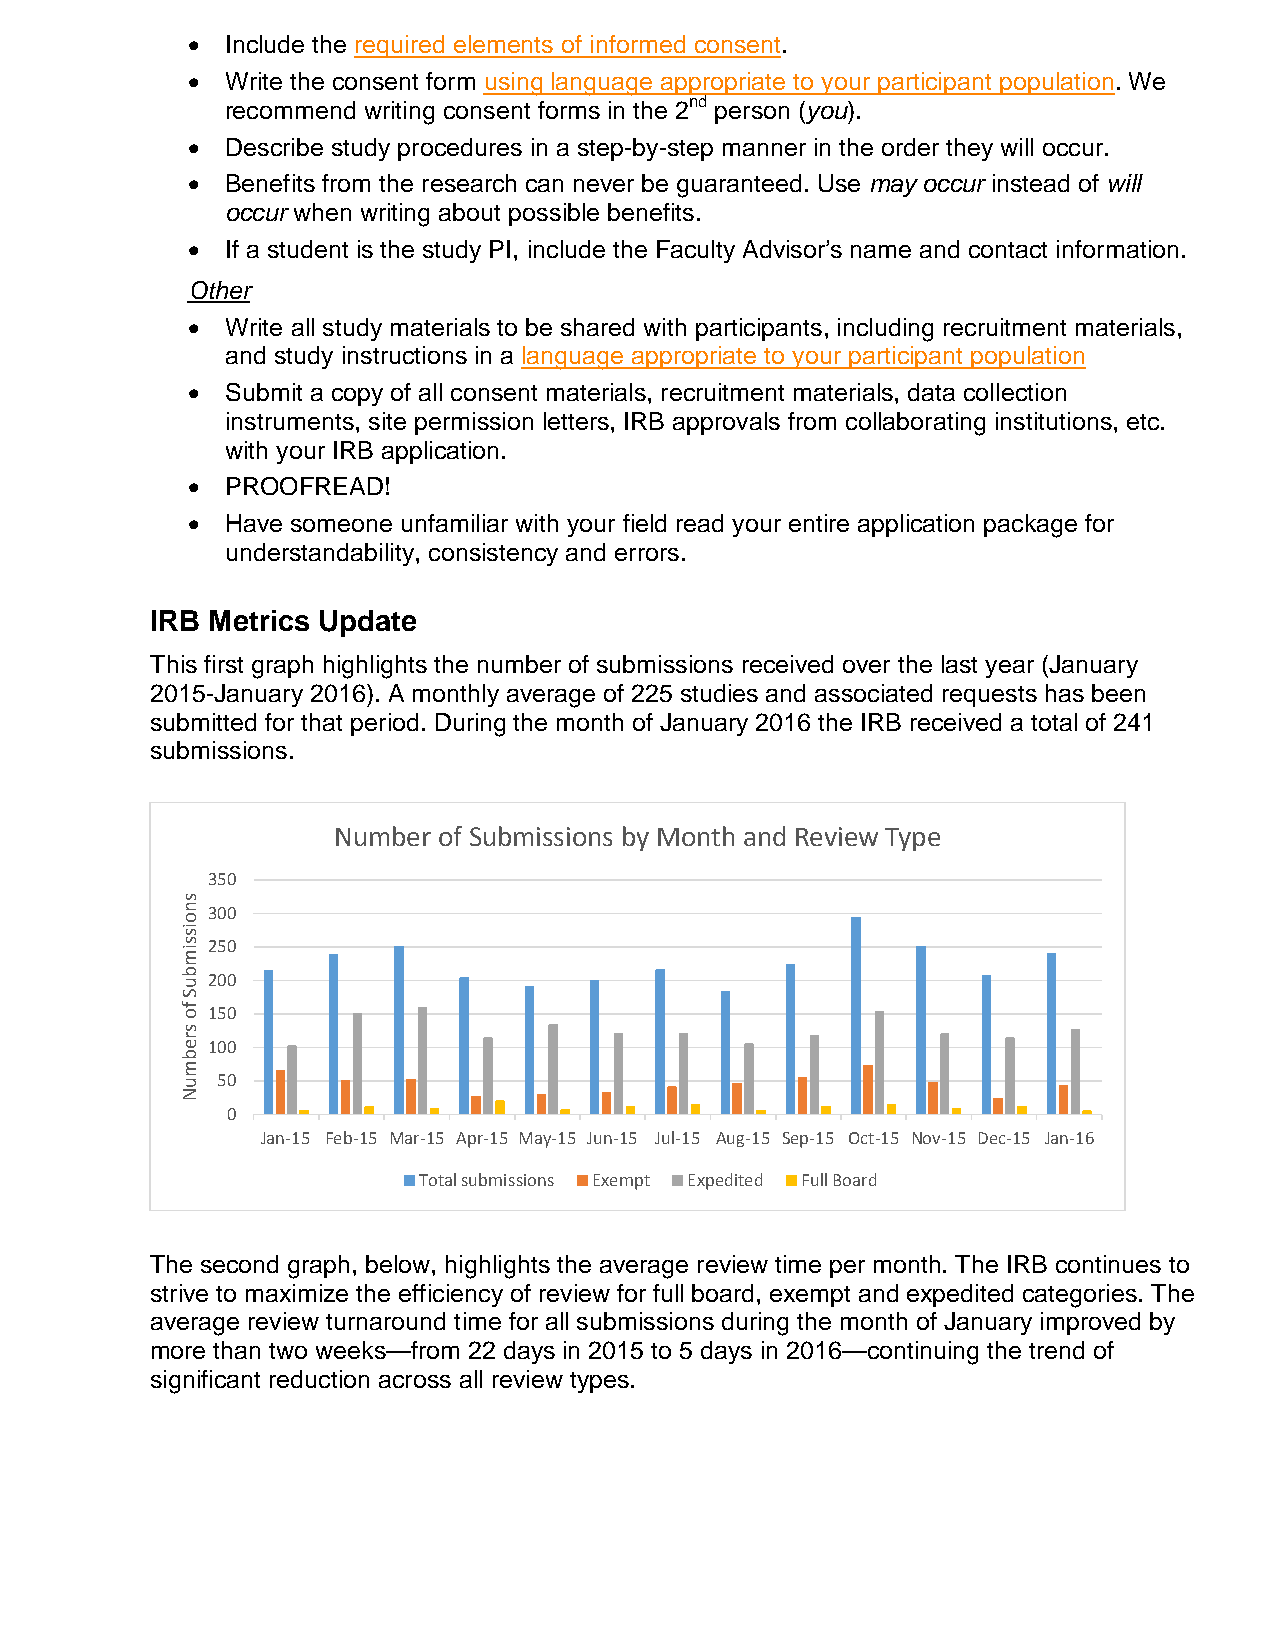
•  Include the required elements of informed consent.
 •  Write the consent form using language appropriate to your participant population. We
 recommend writing consent forms in the 2nd person (you).
 •  Describe study procedures in a step-by-step manner in the order they will occur.
 •  Benefits from the research can never be guaranteed. Use may occur instead of will
 occur when writing about possible benefits.
 •  If a student is the study PI, include the Faculty Advisor’s name and contact information.
 Other
 •  Write all study materials to be shared with participants, including recruitment materials,
 and study instructions in a language appropriate to your participant population
 •  Submit a copy of all consent materials, recruitment materials, data collection
 instruments, site permission letters, IRB approvals from collaborating institutions, etc.
 with your IRB application.
 •  PROOFREAD!
 •  Have someone unfamiliar with your field read your entire application package for
 understandability, consistency and errors.
 IRB Metrics Update
 This first graph highlights the number of submissions received over the last year (January
 2015-January 2016). A monthly average of 225 studies and associated requests has been
 submitted for that period. During the month of January 2016 the IRB received a total of 241
 submissions.
 Number of Submissions by Month and Review Type
 350
 300
 250
 200
 150
 100
 50
 0
 Jan-15 Feb-15 Mar-15 Apr-15 May-15 Jun-15 Jul-15 Aug-15 Sep-15 Oct-15 Nov-15 Dec-15 Jan-16
 Total submissions Exempt Expedited Full Board
 The second graph, below, highlights the average review time per month. The IRB continues to
 strive to maximize the efficiency of review for full board, exempt and expedited categories. The
 average review turnaround time for all submissions during the month of January improved by
 more than two weeks—from 22 days in 2015 to 5 days in 2016—continuing the trend of
 significant reduction across all review types.
 snoissimbuS
 fo
 srebmuN